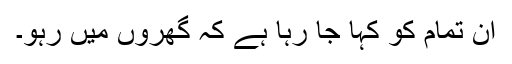
ان تمام کو کہا جا رہا ہے کہ گھروں میں رہو۔